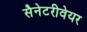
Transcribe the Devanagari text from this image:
सैनेटरीवेयर